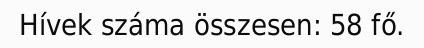
Hívek száma összesen: 58 fő.